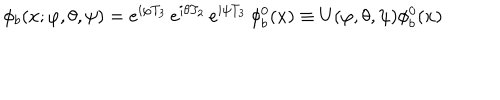
\phi _ { b } ( x ; \varphi , \theta , \psi ) = e ^ { i \varphi T _ { 3 } } \, e ^ { i \theta T _ { 2 } } \, e ^ { i \psi T _ { 3 } } \, \phi _ { b } ^ { 0 } ( x ) \equiv U ( \varphi , \theta , \psi ) \phi _ { b } ^ { 0 } ( x )